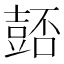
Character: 𧯻